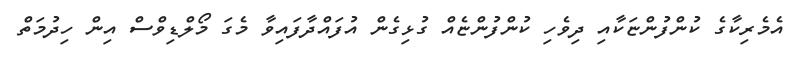
އެމެރިކާގެ ކުންފުންޏަކާއި ދިވެހި ކުންފުންޏެއް ގުޅިގެން އުފައްދާފައިވާ މެގަ މޯލްޑިވްސް އިން ހިދުމަތް